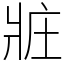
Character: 𤕸